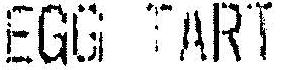
EGG TART